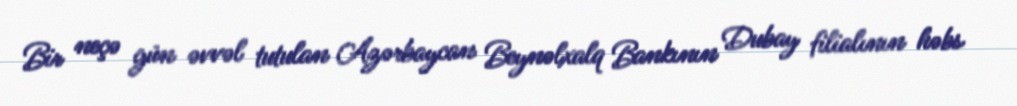
Bir neçə gün əvvəl tutulan Azərbaycan Beynəlxalq Bankının Dubay filialının həbs